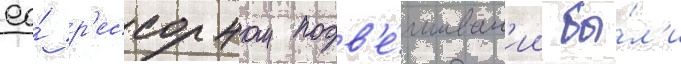
ео́ р'ессорном подв'е́шиван'ии бы́л'и